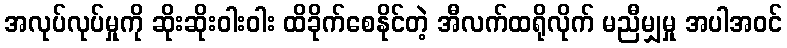
အလုပ်လုပ်မှုကို ဆိုးဆိုးဝါးဝါး ထိခိုက်စေနိုင်တဲ့ အီလက်ထရိုလိုက် မညီမျှမှု အပါအဝင်